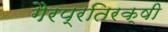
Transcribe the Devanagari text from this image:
गैरप्रतिरक्षी